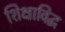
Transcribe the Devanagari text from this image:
शिक्षाविद्ध